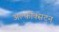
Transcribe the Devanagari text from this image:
अल्फोक्सटन